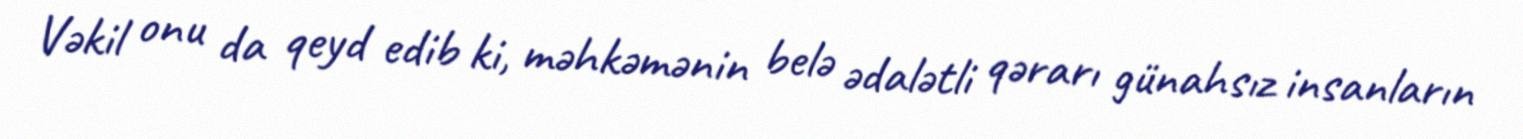
Vəkil onu da qeyd edib ki, məhkəmənin belə ədalətli qərarı günahsız insanların